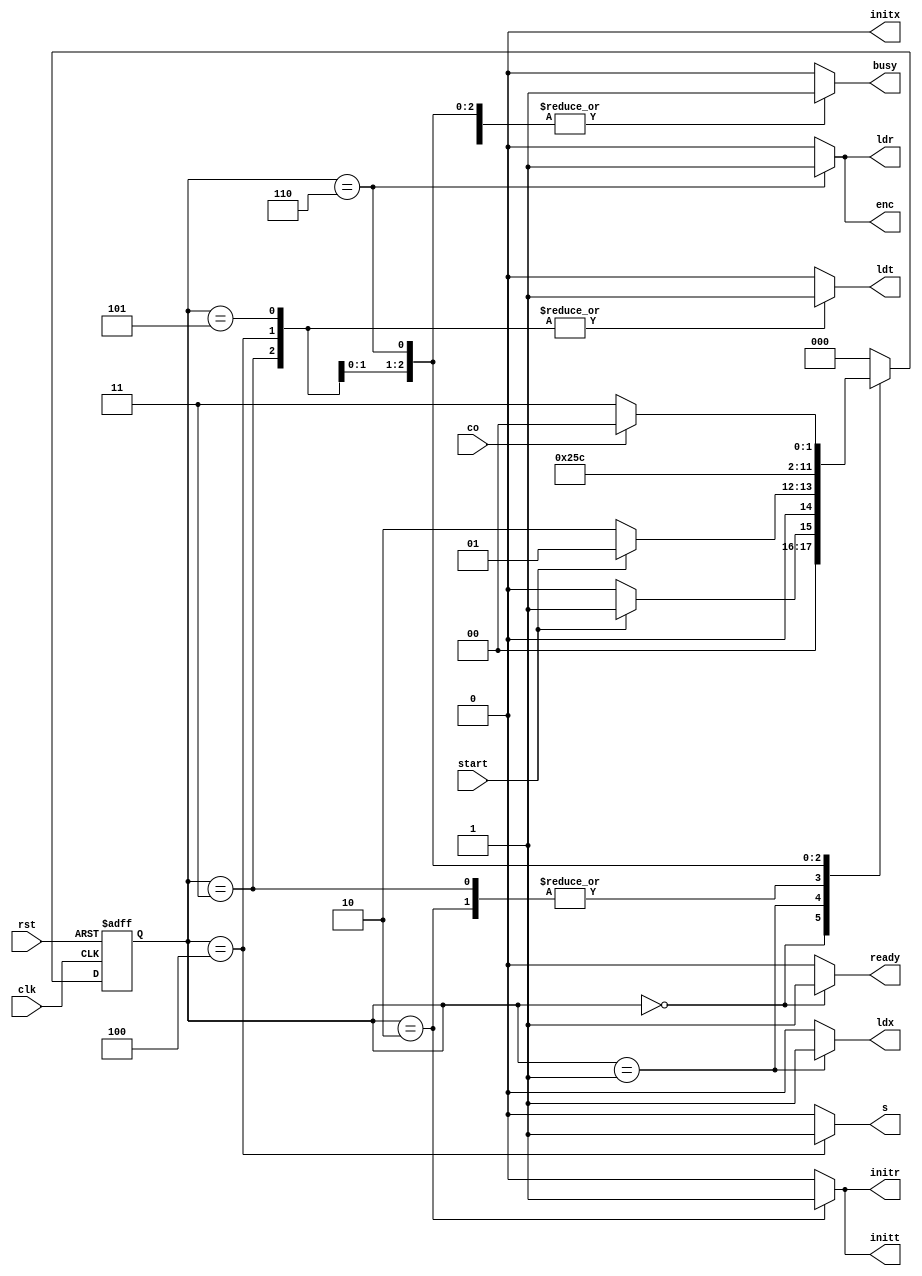
`timescale 1ns/1ns
module controller (input clk,rst,start,co,output reg ready,initx,ldx,initt,ldt,initr,ldr,enc,s,busy);
	reg[2:0] ps,ns;
	parameter [2:0] Idle=0,init=1,Begin=2,Mult1=3,Mult2=4,Mult3=5,add=6;
	always @(ps,co,start)begin
		ns=Idle;
		case(ps)
			Idle:ns=(start)? init:Idle;
			init:ns=(start)? init:Begin;
			Begin:ns=Mult2;
			Mult1:ns=Mult2;
			Mult2:ns=Mult3;
			Mult3:ns=add;
			add:ns=(co)? Idle:Mult1;
		endcase
	end
	always@(posedge clk,posedge rst)begin
		if(rst==1'b1)
			ps<=Idle;
		else
			ps<=ns;
	end
	always @(ps,co,start)begin
		ready=1'b0;initx=1'b0;ldx=1'b0;initt=1'b0;ldt=1'b0;busy=1'b0;
		initr=1'b0;ldr=1'b0;enc=1'b0;s=1'b0;
		case(ps)
			Idle:begin ready=1'b1; end
			init:begin ldx=1'b1; end
			Begin:begin initr=1'b1; initt=1'b1; end
			Mult1:begin s=1'b0; ldt=1'b1;busy=1'b1; end
			Mult2:begin s=1'b1; ldt=1'b1;busy=1'b1; end
			Mult3:begin s=1'b0; ldt=1'b1;busy=1'b1; end
			add:begin enc=1'b1; ldr=1'b1;busy=1'b1; end
		endcase
	end
endmodule